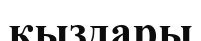
қыздары